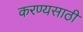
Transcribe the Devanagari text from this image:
करण्यसाठी